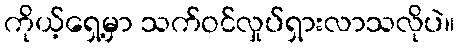
ကိုယ့်ရှေ့မှာ သက်ဝင်လှုပ်ရှားလာသလိုပဲ။